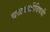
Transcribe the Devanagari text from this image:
चळवळीविषयी